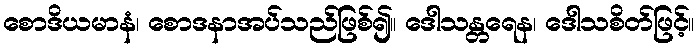
စောဒိယမာနံ၊ စောဒနာအပ်သည်ဖြစ်၍။ ဒေါသန္တရေန၊ ဒေါသစိတ်ဖြင့်။